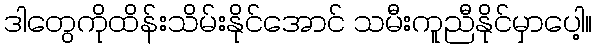
ဒါတွေကိုထိန်းသိမ်းနိုင်အောင် သမီးကူညီနိုင်မှာပေါ့။